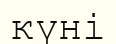
күні